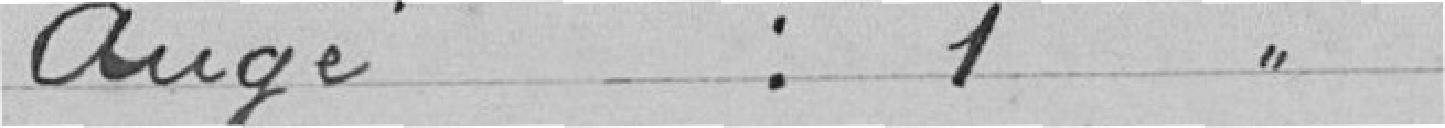
ANGE : 1 voix